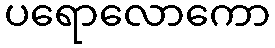
ပရောလောကော